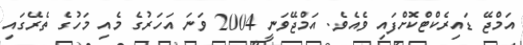
އަމްޖޭ ޑައިރެކްޓްކޮށްފައި ވެއެވެ. އަމްޖޭވަނީ 2004 ވަނަ އަހަރުގެ މެއި މަހުގެ ތެރޭގައި